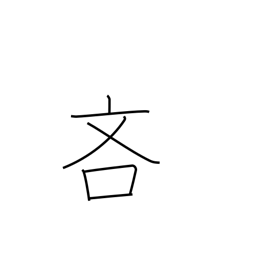
Meaning: sparing